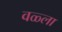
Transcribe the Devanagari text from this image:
वळ्ला